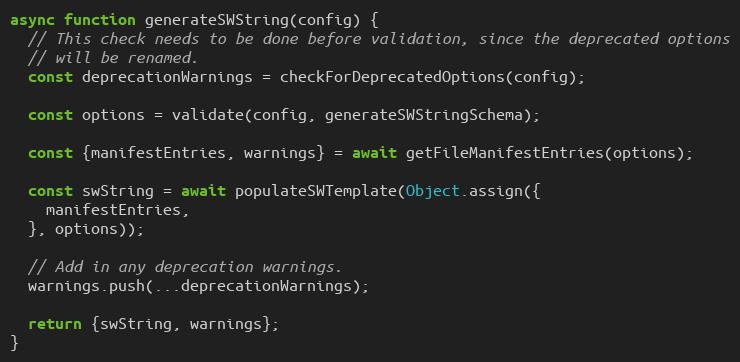
Language: JavaScript
async function generateSWString(config) {
  // This check needs to be done before validation, since the deprecated options
  // will be renamed.
  const deprecationWarnings = checkForDeprecatedOptions(config);

  const options = validate(config, generateSWStringSchema);

  const {manifestEntries, warnings} = await getFileManifestEntries(options);

  const swString = await populateSWTemplate(Object.assign({
    manifestEntries,
  }, options));

  // Add in any deprecation warnings.
  warnings.push(...deprecationWarnings);

  return {swString, warnings};
}